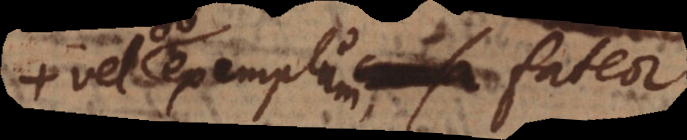
vel exempli causa fateor